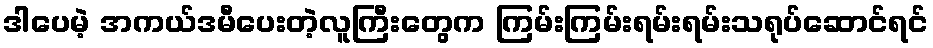
ဒါပေမဲ့ အကယ်ဒမီပေးတဲ့လူကြီးတွေက ကြမ်းကြမ်းရမ်းရမ်းသရုပ်ဆောင်ရင်